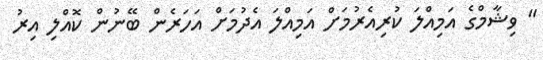
" ވިޝާމްގެ އަމިއްލަ ކުރިއެރުމަށް އަމިއްލަ އެދުމަށް އަހަރެން ބޭނުން ކޮއްލި އިރު